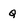
Character: Q